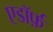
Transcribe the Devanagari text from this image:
एडॉर्फ़